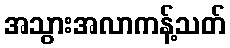
အသွားအလာကန့်သတ်